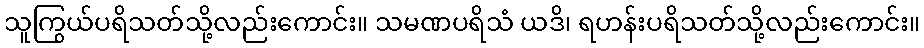
သူကြွယ်ပရိသတ်သို့လည်းကောင်း။ သမဏပရိသံ ယဒိ၊ ရဟန်းပရိသတ်သို့လည်းကောင်း။